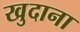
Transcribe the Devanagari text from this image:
खुदाना